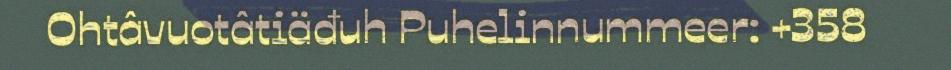
Ohtâvuotâtiäđuh Puhelinnummeer: +358